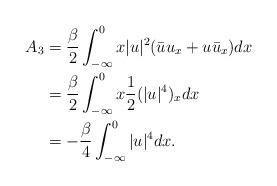
LaTeX: \begin{align*} A_3&=\frac{\beta}{2}\int_{-\infty}^0x|u|^2(\bar{u}u_x+u\bar{u}_x)dx\\ &=\frac{\beta}{2}\int_{-\infty}^0x\frac{1}{2}(|u|^4)_xdx\\ & =-\frac{\beta}{4}\int_{-\infty}^0|u|^4dx. \end{align*}